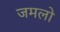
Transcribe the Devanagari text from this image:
जमलो